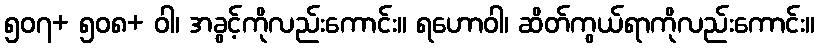
၅၀၇+ ၅၀၈+ ဝါ၊ အခွင့်ကိုလည်းကောင်း။ ရဟောဝါ၊ ဆိတ်ကွယ်ရာကိုလည်းကောင်း။